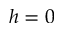
h = 0